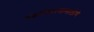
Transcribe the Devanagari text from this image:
सक्षमीकरणासाठीचे